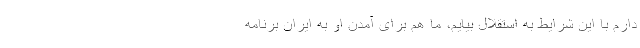
دارم با این شرایط به استقلال بیایم، ما هم برای آمدن او به ایران برنامه